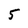
Character: 5